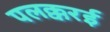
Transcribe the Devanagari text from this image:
पलक्करई